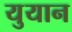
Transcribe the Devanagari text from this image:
युयान